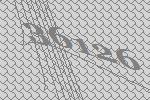
36126